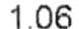
1.06